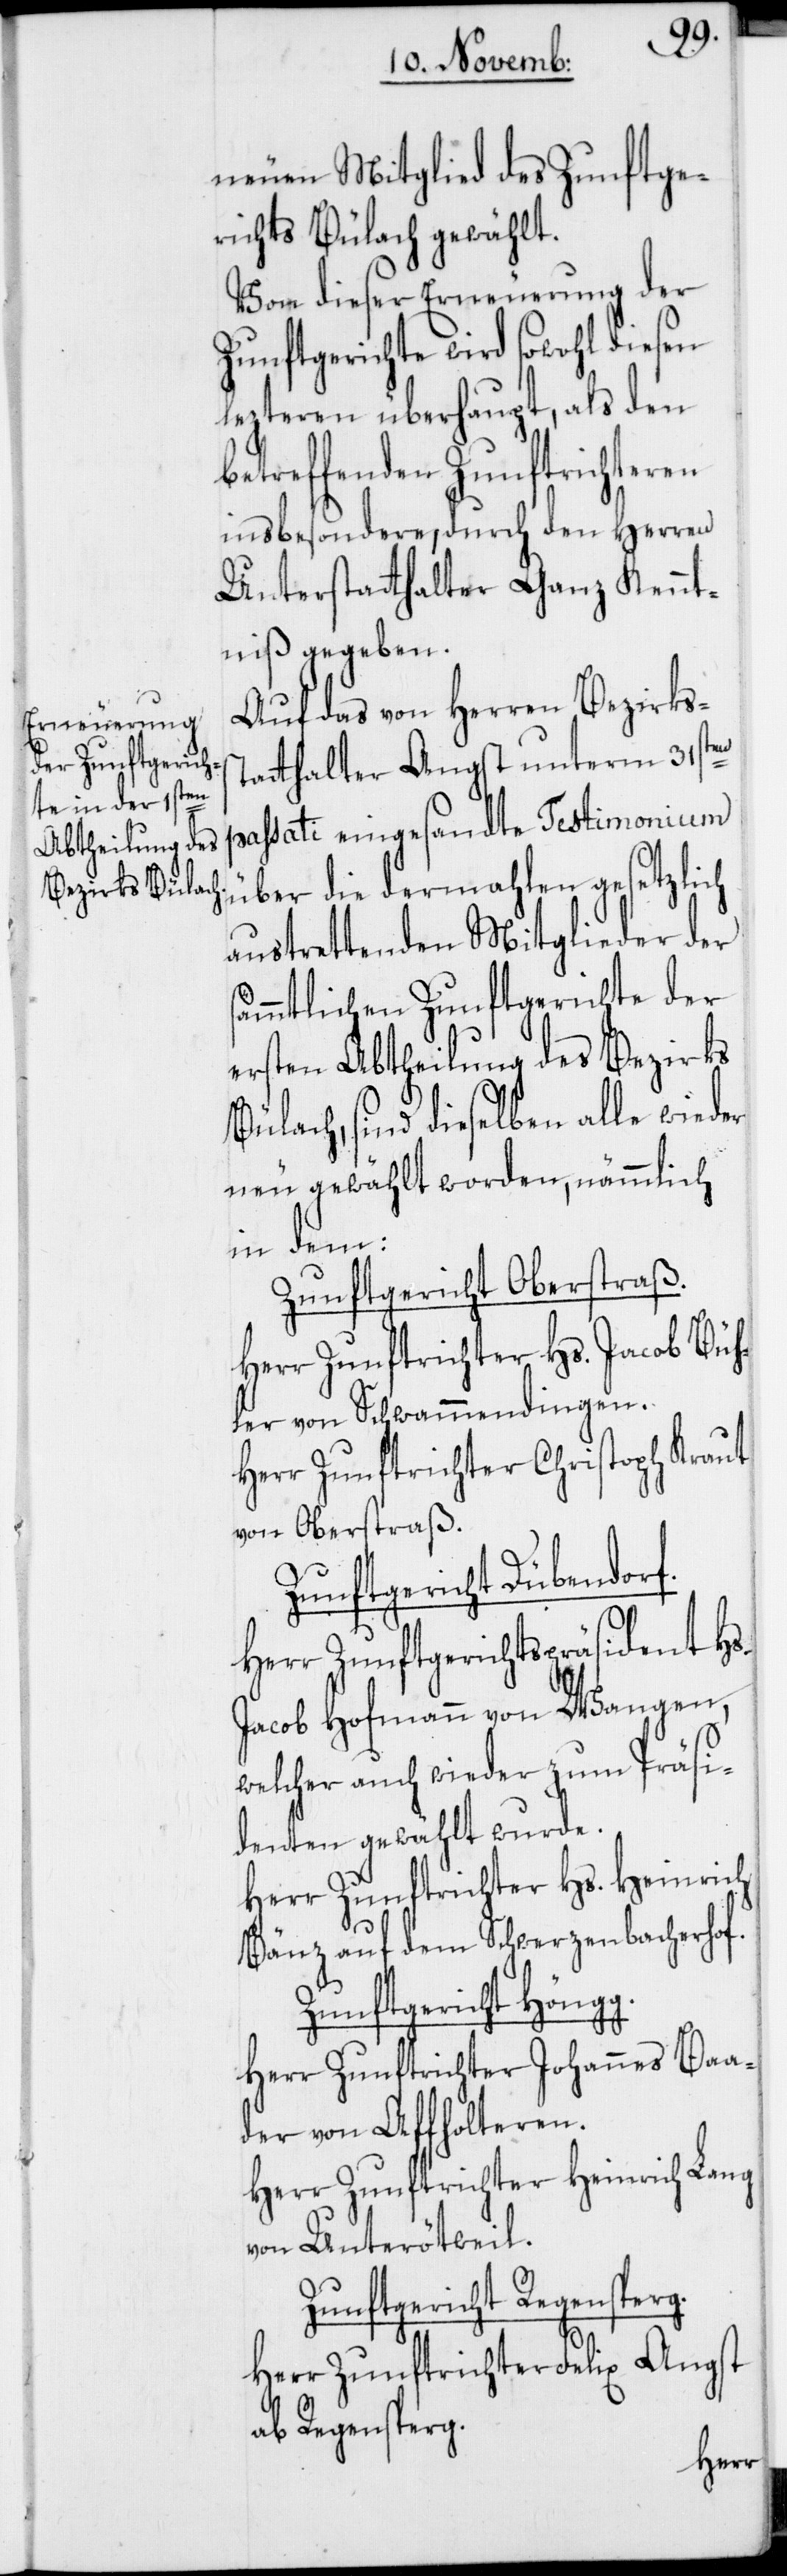
neuen Mitglied des Zunftge¬
richts Bülach gewählt.
Von dieser Erneuerung der
Zunftgerichte wird sowohl diesen
lezteren überhaupt, als den
betreffenden Zunftrichteren
insbesondere, durch den Herren
Unterstatthalter Ganz Kennt¬
niß gegeben.
Auf das von Herren Bezirks¬
statthalter Angst unterm 31sten
passati eingesandte Testimonium
austrettenden Mitglieder der
sämmtlichen Zunftgerichte der
ersten Abtheilung des Bezirks
Bülach, sind dieselben alle wieder
neu gewählt worden, nämmlich
in dem:
Zunftgericht Oberstraß.
Herr Zunftrichter Hs. Jacob Büh¬
ler von Schwammdendingen.
Herr Zunftrichter Christoph Kraut
von Oberstraß.
Zunftgericht Dübendorf.
Herr Zunftgerichtspräsident Hs.
Jacob Hofmann von Wangen,
welcher auch wieder zum Präsi¬
denten gewählt wurde.
Herr Zunftrichter Hs. Heinrich
Bänz auf dem Schwerzenbacherhof.
Zunftgericht Höngg.
Herr Zunftrichter Johannes Baa¬
der von Affolteren.
Herr Zunftrichter Heinrich Lang
von Unterötweil.
Zunftgericht Regensperg.
Herr Zunftrichter Felix Angst
ab Regensperg.